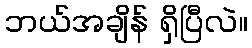
ဘယ်အချိန် ရှိပြီလဲ။